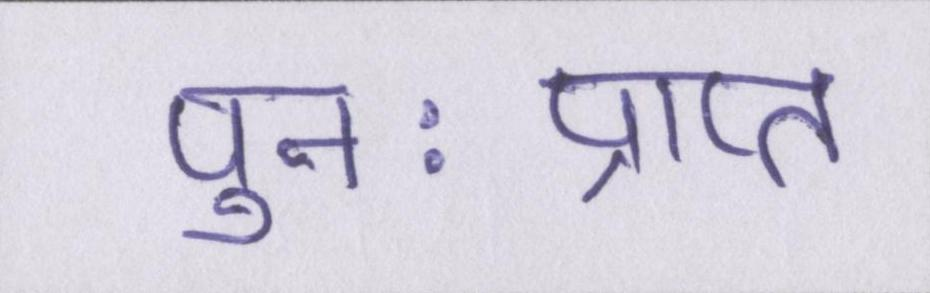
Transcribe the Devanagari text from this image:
पुनःप्राप्त